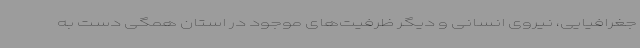
جغرافیایی، نیروی انسانی و دیگر ظرفیت‌های موجود در استان همگی دست به